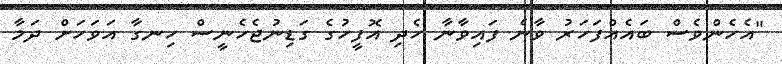
"އެހެންވެސް ބައެއްފަހަރު ވާނެ ފައިވާނާ ހެދި އޮފީހުގެ ގަޑިނުޖެހެނީސް ހިނގާ އަވަހަށް ދަމާ